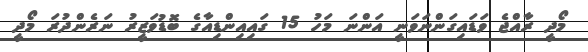
މޯދީ ރާއްޖެ ވަޑައިގަންނަވަނީ އަންނަ މަހު 15 ގައިއިންޑިއާގެ ބޮޑުވަޒީރު ނަރެންދުރަ މޯދީ